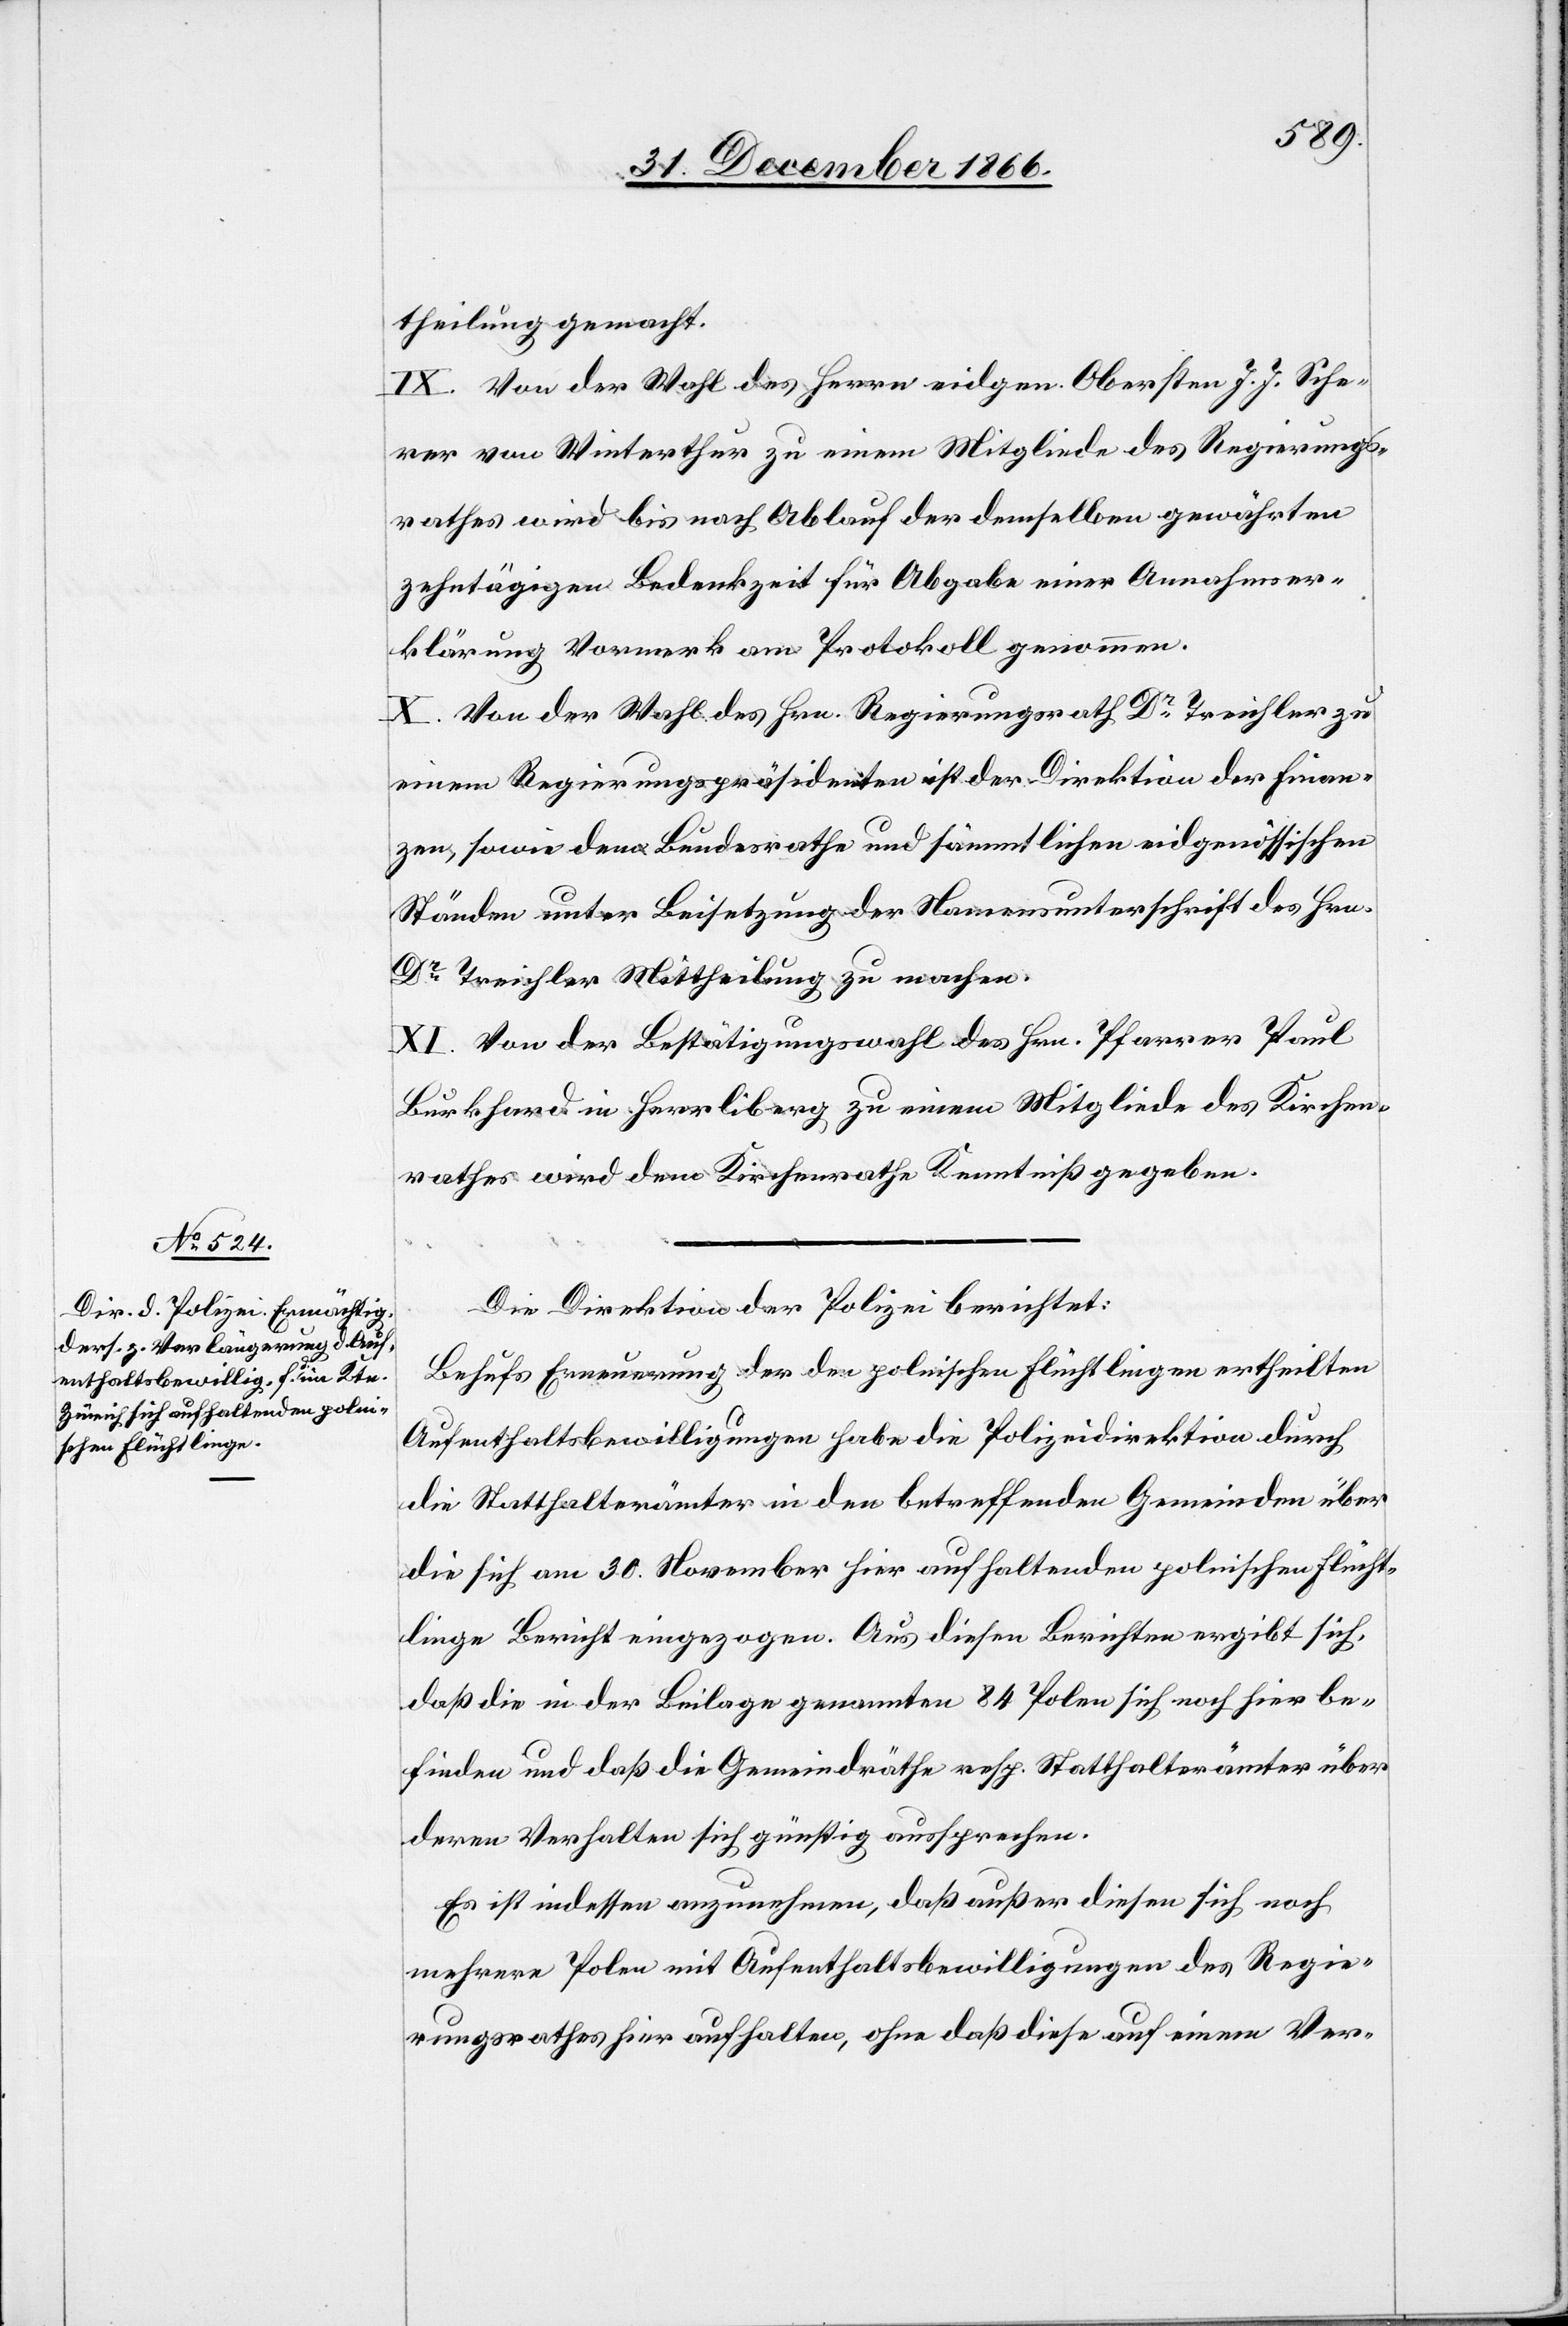
theilung gemacht.
IX. Von der Wahl des Herrn eidgen. Obersten J. J. Sche¬
rer von Winterthur zu einem Mitgliede des Regierungs¬
rathes wird bis nach Ablauf der demselben gewährten
zehntägigen Bedenkzeit für Abgabe einer Annahmser¬
klärung Vormerk am Protokoll genommen.
X. Von der Wahl des Hrn. Regierungsrath Dr. Treichler zu
einem Regierungspräsidenten ist der Direktion der Finan¬
zen, sowie dem Bundesrathe und sämmtlichen eidgenössischen
Ständen unter Beisetzung der Namensunterschrift des Hrn.
Dr. Treichler Mittheilung zu machen.
XI. Von der Bestätigungswahl des Hrn. Pfarrer Paul
Burkhard in Herrliberg zu einem Mitgliede des Kirchen¬
rathes wird dem Kirchenrathe Kenntniß gegeben.
Die Direktion der Polizei berichtet:
Behufs Erneuerung der den polnischen Flüchtlingen ertheilten
Aufenthaltsbewilligungen habe die Polizeidirektion durch
die Statthalterämter in den betreffenden Gemeinden über
die sich am 30. November hier aufhaltenden polnischen Flücht¬
linge Bericht eingezogen. Aus diesen Berichten ergibt sich,
daß die in der Beilage genannten 84 Polen sich noch hier be¬
finden und daß die Gemeindräthe resp. Statthalterämter über
deren Verhalten sich günstig aussprechen.
Es ist indessen anzunehmen, daß außer diesen sich noch
mehrere Polen mit Aufenthaltsbewilligungen des Regie¬
rungsrathes hier aufhalten, ohne daß diese auf einem Ver-